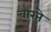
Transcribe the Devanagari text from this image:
वारते